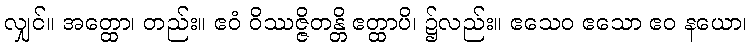
လျှင်။ အတ္ထော၊ တည်း။ ဧဝံ ဝိဿဇ္ဇိတန္တိ ဧတ္ထာပိ၊ ၌လည်း။ ဧသေဝ ဧသော ဧဝ နယော၊